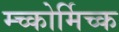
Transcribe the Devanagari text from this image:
म्च्कोर्मिच्क